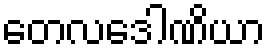
တေလဒေါဏိယာ